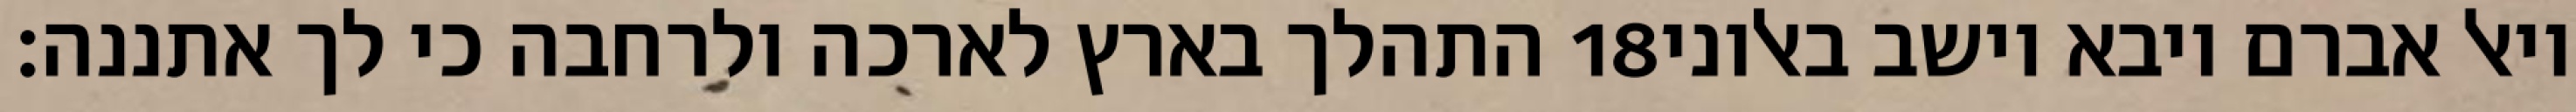
התהלך בארץ לארכה ולרחבה כי לך אתננה׃ ‎18‏ ויאל אברם ויבא וישב באלוני